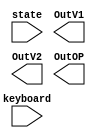
module regDEMUX (state, keyboard, OutV1, OutV2, OutOP);
	input [1:0] state;
	output reg[3:0] OutV1;
	output reg[3:0] OutV2;
	output reg[3:0] OutOP;
	input [3:0] keyboard;
	
	always @(*)	
		case (state)
			2'b00 : begin 
			Out <= regV1;
			end
			2'b01 : Out <= regOP;
			2'b10 : Out <= regV2; 
			2'b11 : Out <= keyboard; 
	
			default : Out = 4'b1111;
		endcase
		
endmodule